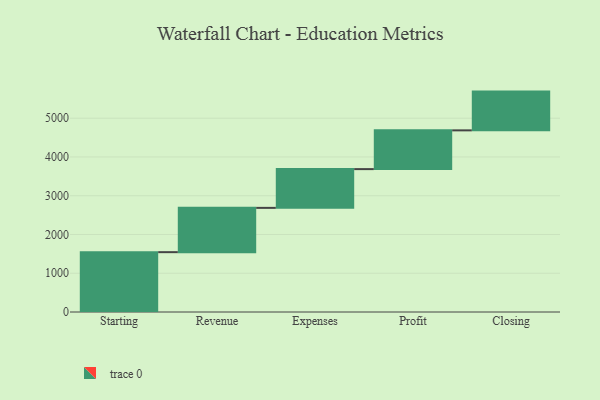
{"axis": {"x": "Step", "y": "Value"}, "legend": [""], "data": [{"x": "Starting", "y": 1544.0, "type": ""}, {"x": "Revenue", "y": 1143.0, "type": ""}, {"x": "Expenses", "y": 1000, "type": ""}, {"x": "Profit", "y": 1000, "type": ""}, {"x": "Closing", "y": 1000, "type": ""}]}